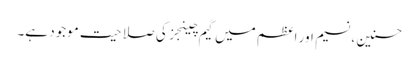
حسنین ، نسیم اور اعظم میں گیم چینجز کی صلاحیت موجود ہے۔